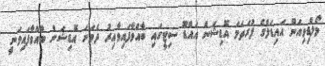
މޯލްޑިވިއަން އައިޑަލްގެ ފުރަތަމަ އޮޑިޝަން އައްޑޫ ސިޓީގައި ބާއްވާފައިވާއިރު ދެވަނަ އޮޑިޝަން ބާއްވާފައިވަނީ